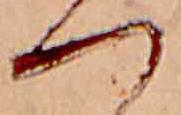
つ